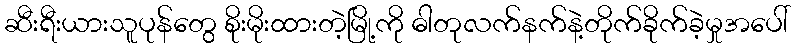
ဆီးရီးယားသူပုန်တွေ စိုးမိုးထားတဲ့မြို့ကို ဓါတုလက်နက်နဲ့တိုက်ခိုက်ခဲ့မှုအပေါ်